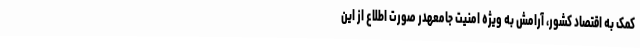
کمک به اقتصاد کشور، آرامش به ویژه امنیت جامعهدر صورت اطلاع از این